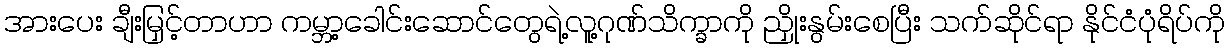
အားပေး ချီးမြှင့်တာဟာ ကမ္ဘာ့ခေါင်းဆောင်တွေရဲ့လူ့ဂုဏ်သိက္ခာကို ညှိုးနွမ်းစေပြီး သက်ဆိုင်ရာ နိုင်ငံပုံရိပ်ကို